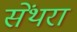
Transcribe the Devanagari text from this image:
सेंथरा